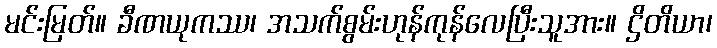
မင်းမြတ်။ ခီဏယုကဿ၊ အသက်စွမ်းဟုန်ကုန်လေပြီးသူအား။ ဌိတိယာ၊